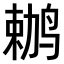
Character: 𫛶